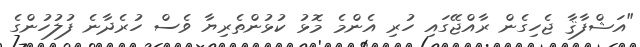
"އަޝްފާޤާ ޖެހިގެން ރާއްޖޭގައި ހުރި އެންމެ މޮޅު ކުޅުންތެރިޔާ ވެސް ހުރެދާނެ ފުލުހުންގެ